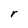
Character: r